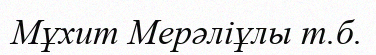
Мұхит Мерәліұлы т.б.